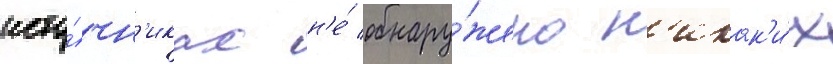
исто́чн'иках н'е́ обнару́жено н'икак'и́х